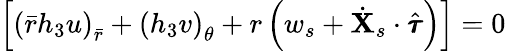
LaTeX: \begin{array}{r}{\left[\left(\bar{r}h_{3}u\right)_{\bar{r}}+\left(h_{3}v\right)_{\theta}+r\left(w_{s}+\dot{\mathbf{X}}_{s}\cdot\hat{\pmb{\tau}}\right)\right]=0}\end{array}